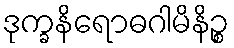
ဒုက္ခနိရောဓဂါမိနိဉ္စ